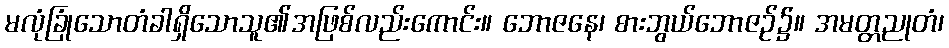
မလုံခြုံသောတံခါရှိသောသူ၏အဖြစ်လည်းကောင်း။ ဘောဇနေ၊ စားဘွယ်ဘောဇဉ်၌။ အမတ္တညုတံ၊